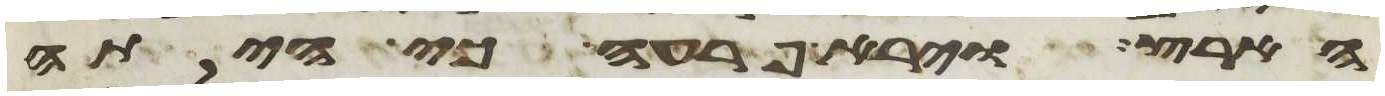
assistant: הארץ וירא פרעה כי היתה